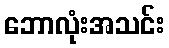
ဘောလုံးအသင်း